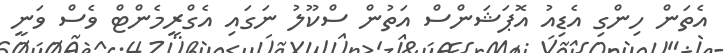
އެތަން ހިންގި އެޑިއު އޮޕަޝަންސް އަތުން ސްކޫލު ނަގައި އެގްރީމެންޓް ވެސް ވަނީ